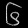
Digit: ၆